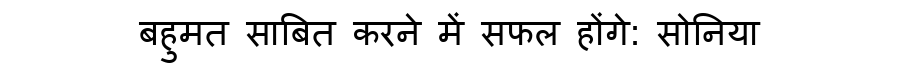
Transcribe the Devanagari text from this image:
बहुमत साबित करने में सफल होंगे: सोनिया